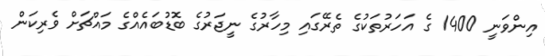
އިންވަނީ 1400 ގެ އަހަރުތަކުގެ ތެރޭގައި މިހާރުގެ ނީޖަރުގެ ބޮޑުބައެއްގެ މައްޗަށް ވެރިކަން